Vaccination in the Punjab 1883-1896 - 1883-1896
Year: 1883
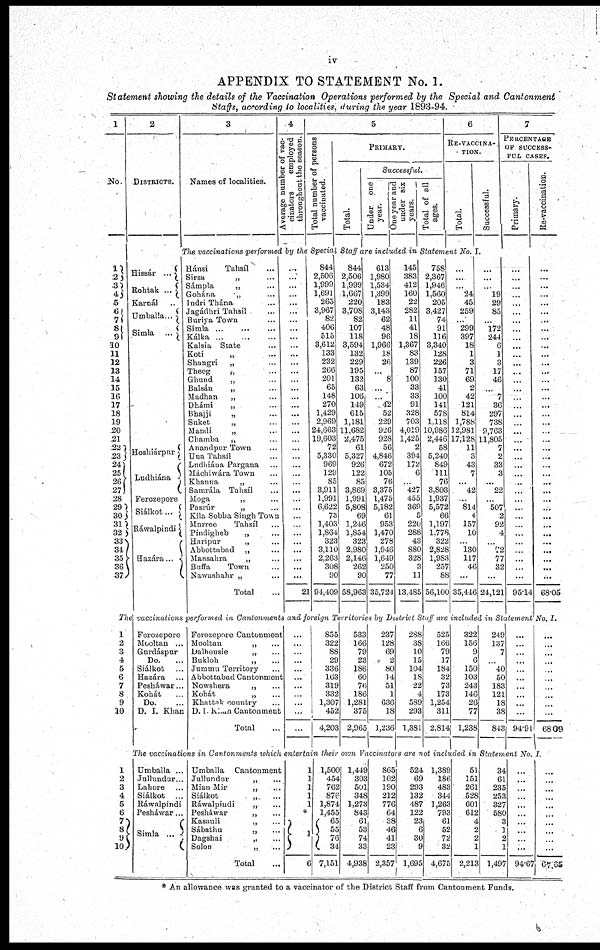
iv
APPENDIX TO STATEMENT No. 1.
Statement showing the details of the Vaccination Operations performed by the Special and Cantonment
Staffs, according to localities, during the year 1893-94.
1
NO.
1
2
3
4
5
6
7
8
9
10
11
12
13
14
15
16
17
18
19
20
21
22
23
24
25
26
27
28
29 30
31
32
33
34
35
36
37
2
DISTRICTS.
3
Names of localities.
4
Average number of vac¬
cinators
employed
throughout the season.
5
Total number of persons
vaccinated.
PRIMARY.
Total.
Successful.
Under one
year.
One year and
under six
years.
Total of all
ages.
6
RE-VACCINA¬
TION.
Total.
Successful.
7
PERCENTAGE
OF SUCCESS¬
FUL CASES.
Primary.
Re-vaccination.
The vaccinations performed by the Special Staff are included in Statement No. I.
Hissár ...
Rohtak ...
Karnál
Umballa...
Simla ...
Hoshiárpur
Ludhiána
Ferozepore
Siálkot ...
Ráwalpindi
Hazára...
Hánsi
Tahsíl ...
Sirsa
„ ...
Sámpla
„ ...
Gohána
„ ...
Indri Thána ...
Jagádhri Tahsíl ...
Buriya Town ...
Simla ... ... ...
Kálka ...
Kalsia State ...
Koti
„ ...
Shangri
„ ...
Theog
„ ...
Ghund
„ ...
Balsán
„ ...
Madhan
„ ...
Dhámi
„ ...
Bhajji
„ ...
Suket
„ ...
Mandi
„ ...
Chamba
„ ...
Anandpur Town ...
Una Tahsíl
Lndhiána Pargana ...
Máchiwára Town ...
Khanna
„ ...
Samrála Tahsíl ...
Moga
„ ...
Pasrúr
„ ...
Kila Sobha Singh Town
Murree
Tahsíl ...
Pindigheb
„ ...
Hnripur
„ ...
Abbottabad „ ...
Mansahra
„ ...
Buffa
Town ...
Nawashahr „ ...
Total ...
...
...
...
...
...
...
...
...
...
...
...
...
...
...
...
...
...
...
...
...
...
...
...
...
...
...
...
...
...
...
...
...
...
...
...
...
...
21
844
2,506
1,999
1,691
265
3,967
82
406
515
3,612
133
232
266
201
65
148
270
1,429
2,969
24,663
19,603
72
5,330
969
129
85
3,911
1,991
6,622
73
1,403
1,864
323
3,110
2,263
308
90
94,409
844
2,506
1,999
1,667
220
3,708
82
107
118
3,594
132
229
195
132
63
106
149
615
1,181
11,682
2,475
61
5,327
926
122
85
3,869
1,991
5,808
69
1,246
1,854
323
2,980
2,146
262
90
58,963
613
1,980
1,534
1,399
183
3,143
62
48
96
1,966
18
26
...
8
...
...
42
52
229
926
928
56
4,846
672
105
76
3,375
1,475
5,182
61
953
1,470
278
1,946
1,649
250
77
35,724
145
383
412
160
22
282
11
41
18
1,367
83
139
87
100
33
33
91
328
703
4,019
1,425
2
394
172
6
...
427
455
369
5
220
288
43
880
328
3
11
13,485
758
2,367
1,946
1,560
205
3,427
74
91
116
3,340
128
226
157
130
41
100
141
578
1,118
10,986
2,446
58
5,240
849
111
76
3,803
1,937
5,572
66
1,197
1,778
322
2,828
1,983
257
88
56,100
...
...
...
24
45
259
...
299
397
18
1
3
71
69
2
42
121
814
1,788
12,981
17,128
11
3
43
7
...
42
...
814
4
157
10
...
130
117
46
...
35,446
...
...
...
19
29
85
...
l72
244
6
1
3
17
46
...
7
36
297
738
9,763
11,805
7
2
33
3
...
22
507
2
92
4
...
72
77
32
...
24,121
...
...
...
...
...
...
...
...
...
...
...
...
...
...
...
...
...
...
...
...
...
...
...
...
...
...
...
...
...
...
...
...
...
...
...
...
...
95.14
...
...
...
...
...
...
...
...
...
...
...
...
...
...
...
...
...
...
...
...
...
...
...
...
...
...
...
...
...
...
...
...
...
...
...
...
...
68.05
The vaccinations performed in Cantonments and foreign Territories by District Staff are included in Statement No. I.
1
2
3
4
5
6
7
8
9
10
Ferozepore
Mooltan ...
Gurdáspur
Do.
Siálkot
Hazára ...
Pesháwar...
Kohát ...
Do.
D. I. Khan
Ferozepore Cantonment
Mooltan
„ ...
Dalhousie
„ ...
Bukloh
„ ...
Jummu Territory ...
Abbottabad Cantonment
Nowshera
„ ...
Kohát
„ ...
Khattak country ...
D. 1. Khan Cantonment
Total ...
...
...
...
...
...
...
...
...
...
...
...
855
322
88
29
336
163
319
332
1,307
452
4,203
533
166
79
23
186
60
76
186
1,281
375
2,965
237
128
69
2
80
14
51
1
636
18
1,236
288
38
10
15
104
18
22
4
589
293
1,381
525
166
79
17
184
32
73
173
1,254
311
2,814
322
156
9
6
150
103
243
146
26
77
1,238
249
137
7
...
40
50
183
121
18
38
843
...
...
...
...
...
...
...
...
...
...
94.91
...
...
...
...
...
...
...
...
...
...
68.09
The vaccinations in Cantonments which entertain their own Vaccinators are not included in Statement No. I.
1
2
3
4
5
6
7
8 9
10
Umballa ...
Jullundur...
Lahore ...
Siálkot ...
Ráwalpindi
Pesháwar...
Simla ...
Umballa Cantonment
Jullundur
„ ...
Mian Mir
„ ...
Siálkot
„ ...
Ráwalpindi
„ ...
Pesháwar
„...
Kasauli
„ ...
Sábathn
„ ...
Dagshai
„ ...
Solon
„ ...
Total
1
1
1
1
1
*
1
6
1,500
454
762
876
1,874
1,455
65
55
76
34
7,151
1,449
303
501
348
1,273
843
61
53
74
33
4,938
865
102
190
212
776
64
38
46
41
23
2,357
524
69
293
132
487
122
23
6
30
9
1,695
1,389
186
483
344
1,263
793
61
52
72
32
4,675
51
151
261
528
601
612
4
2
2
1
2,213
34
61
235
253
327
580
3
1
2
1
1,497
...
...
...
...
...
...
...
...
...
...
94.67
...
...
...
...
...
...
...
...
...
...
67.65
* An allowance was granted to a vaccinator of the District Staff from Cantonment Funds.